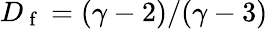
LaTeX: D_{\mathrm{~f~}}=(\gamma-2)/(\gamma-3)